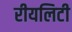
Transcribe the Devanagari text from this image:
रीयलिटी